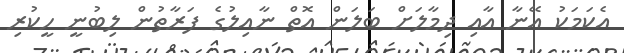
އެކަމަކު އޭނާ އާއި ދިމާލަށް ބަލަން އޮތް ނާއިލުގެ ފަރާތުން ލިބުނީ ހީކުރި